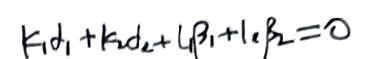
$k_{1}d_{1}+k_{2}d_{2}+l_{1}\beta_{1}+l_{2}\beta_{2}=0$